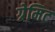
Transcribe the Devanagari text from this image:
ग्रेमिट